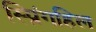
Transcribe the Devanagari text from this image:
स्प्रिंगहिल